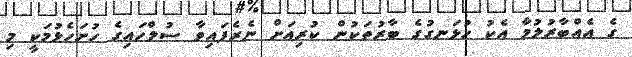
ގެ އެއްބާރުލުމާ އެކު ހުޅަނގުގެ ބާރުތަކުން ކުރިއަށް ނެރެފައިވާ ސުލްހައިގެ ހުށަހެޅުމަކީ މި